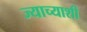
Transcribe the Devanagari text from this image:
ज्याच्याशी